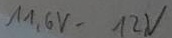
Text: 11,6V-12V